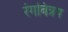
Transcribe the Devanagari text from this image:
रंगबिन्नप